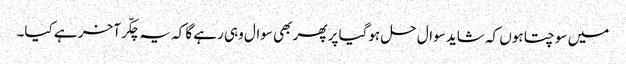
میں سوچتا ہوں کہ شاید سوال حل ہوگیا پر پھر بھی سوال وہی رہے گا کہ یہ چکّر آخر ہے کیا۔